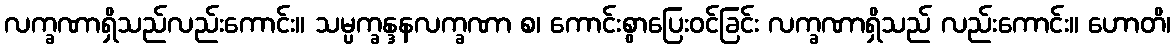
လက္ခဏာရှိသည်လည်းကောင်း။ သမ္ပက္ခန္ဒနလက္ခဏာ စ၊ ကောင်းစွာပြေးဝင်ခြင်း လက္ခဏာရှိသည် လည်းကောင်း။ ဟောတိ၊